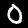
Digit: 0